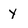
Character: y